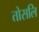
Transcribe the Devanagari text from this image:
तोसलि